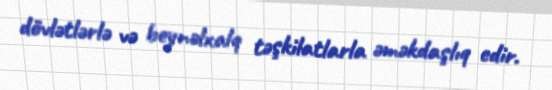
dövlətlərlə və beynəlxalq təşkilatlarla əməkdaşlıq edir.